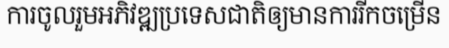
ការចូលរួមអភិវឌ្ឍប្រទេសជាតិឲ្យមានការរីកចម្រើន